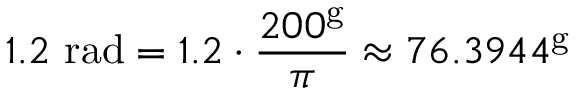
1 . 2 { \mathrm { ~ r a d } } = 1 . 2 \cdot { \frac { 2 0 0 ^ { \mathrm { g } } } { \pi } } \approx 7 6 . 3 9 4 4 ^ { \mathrm { g } }